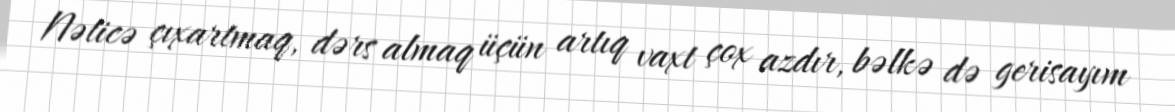
Nəticə çıxartmaq, dərs almaq üçün artıq vaxt çox azdır, bəlkə də gerisayım